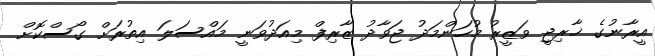
އީރާނުގެ ޚާރިޖީ ވަޒީރު މުހަންމަދު ޖަވާދު ޒާރިފް މިއަދުވަނީ މައްސަލަ އިތުރަށް ގޯސްކޮށް